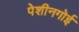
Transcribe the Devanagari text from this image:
पेशीनगोई